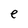
Character: e